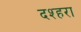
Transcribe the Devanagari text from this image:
दश्हरा